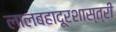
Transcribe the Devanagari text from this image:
लालबहादूरशास्त्री